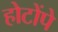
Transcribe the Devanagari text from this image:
होटोंपे